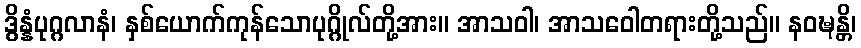
ဒွိန္နံပုဂ္ဂလာနံ၊ နှစ်ယောက်ကုန်သောပုဂ္ဂိုလ်တို့အား။ အာသဝါ၊ အာသဝေါတရားတို့သည်။ နဝဍ္ဎန္တိ၊